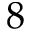
8